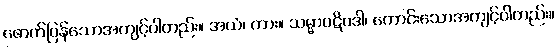
ဖောက်ပြန်သောအကျင့်ပါတည်း။ အယံ၊ ကား။ သမ္မာပဋိပဒါ၊ ကောင်းသောအကျင့်ပါတည်း။